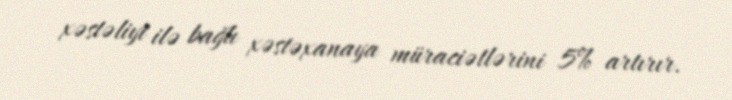
xəstəliyi ilə bağlı xəstəxanaya müraciətlərini 5% artırır.